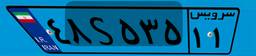
۴۸S۵۳۵۱۱